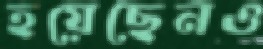
হয়েছেনও